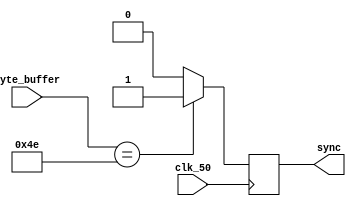
module WD_Gap_Scanner (clk_50, byte_buffer, sync);
   parameter GAP_VAL = 8'h4e; // The gap value 4E4E

   input clk_50;
   input [7:0] byte_buffer;

   output sync;
   reg sync;

   always @(negedge clk_50) begin
      if (byte_buffer == GAP_VAL)
        sync = 1;
      else
        sync = 0;
   end
endmodule